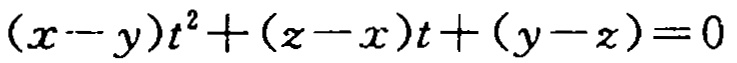
\((x - y)t^{2}+(z - x)t+(y - z)=0\)